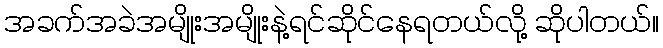
အခက်အခဲအမျိုးအမျိုးနဲ့ရင်ဆိုင်နေရတယ်လို့ ဆိုပါတယ်။